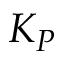
K _ { P }